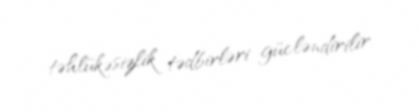
təhlükəsizlik tədbirləri gücləndirilir.